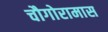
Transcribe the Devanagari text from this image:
चौगोरामास